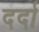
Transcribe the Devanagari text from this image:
दर्दा